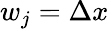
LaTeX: w_{j}=\Delta x